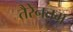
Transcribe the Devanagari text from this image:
तैरेनतम